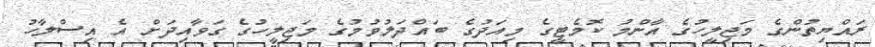
ރައްޔިތުންގެ މަޖިލީހުގެ އާންމު ކޮމެޓީގެ މިއަދުގެ ބައްދަލުވުމުގެ މަޖިލީހުގެ ގަވާއިދަށް އެ އިސްލާހު